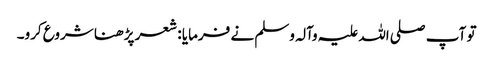
تو آپ صلی اللہ علیہ وآلہ وسلم نے فرمایا : شعر پڑھنا شروع کرو۔